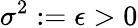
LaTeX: \sigma^{2}:=\epsilon>0